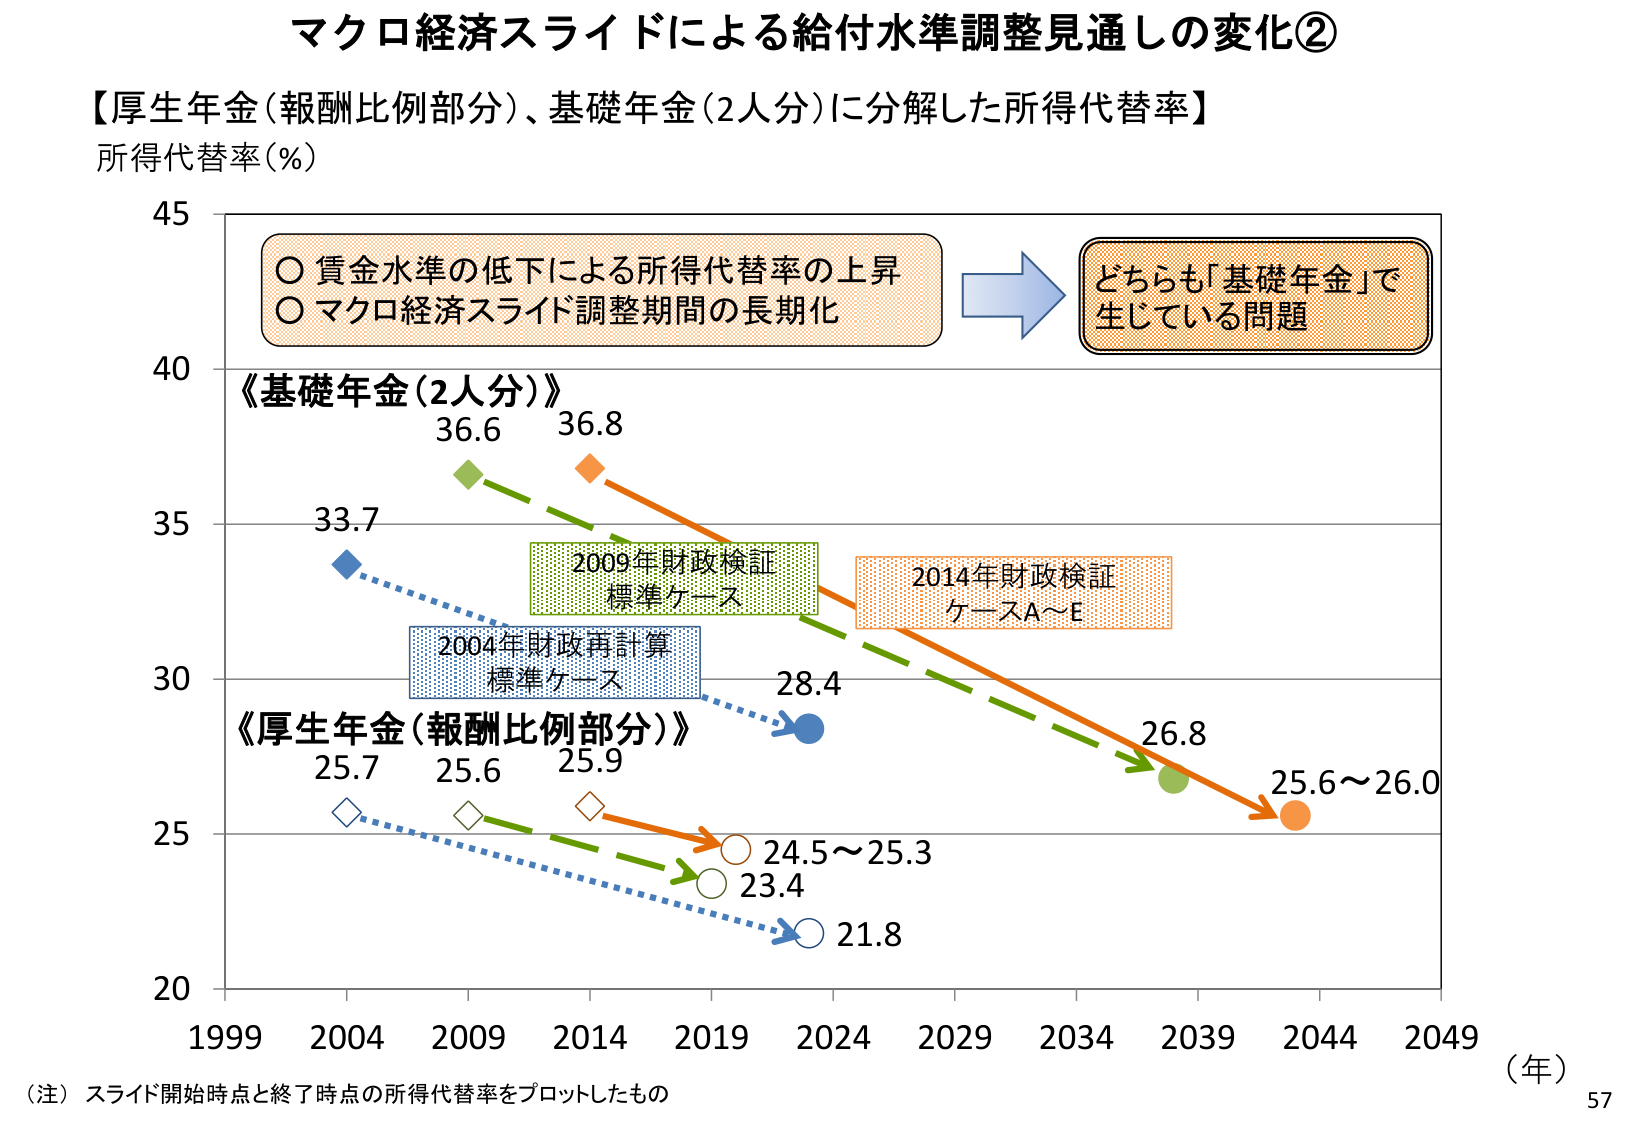
マクロ経済スライドによる給付水準調整見通しの変化②
【厚生年金（報酬比例部分）、基礎年金（2人分）に分解した所得代替率】
所得代替率（％）
○ 賃金水準の低下による所得代替率の上昇
○ マクロ経済スライド調整期間の長期化
→ どちらも「基礎年金」で生じている問題
《基礎年金（2人分）》
36.6 36.8
33.7
2009年財政検証
標準ケース
2014年財政検証
ケースA～E
28.4
26.8
25.6～26.0
《厚生年金（報酬比例部分）》
25.7 25.6 25.9
2004年財政再計算
標準ケース
24.5～25.3
23.4
21.8
1999 2004 2009 2014 2019 2024 2029 2034 2039 2044 2049 （年）
（注）スライド開始時点と終了時点の所得代替率をプロットしたもの
57